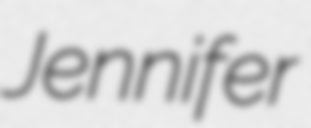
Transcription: Jennifer